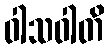
ဝါသဝါတိ